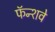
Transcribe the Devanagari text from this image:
फॅन्शवे